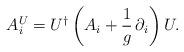
LaTeX: \begin{align*}A_i^U =U ^{\dagger}\left(A_i+\frac{1}{g}\,\partial_i\right)U .\end{align*}